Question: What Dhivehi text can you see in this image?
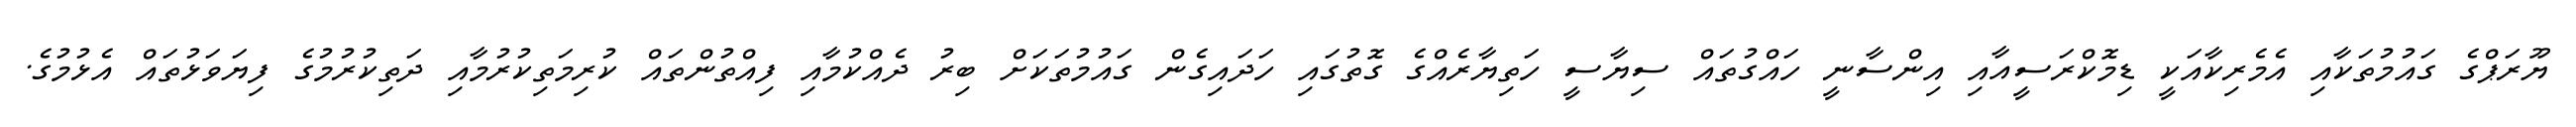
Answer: ޔޫރަޕްގެ ގައުމުތަކާއި އެމެރިކާއަކީ ޑިމޮކްރަސީއާއި އިންސާނީ ހައްގުތައް ސިޔާސީ ހަތިޔާރެއްގެ ގޮތުގައި ހަދައިގެން ގައުމުތަކަށް ބިރު ދެއްކުމާއި ފިއްތުންތައް ކުރިމަތިކުރުމާއި ދަތިކުރުމުގެ ފިޔަވަޅުތައް އެޅުމުގެ.